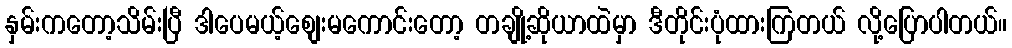
နှမ်းကတော့သိမ်းပြီ ဒါပေမယ့်စျေးမကောင်းတော့ တချို့ဆိုယာထဲမှာ ဒီတိုင်းပုံထားကြတယ် လို့ပြောပါတယ်။